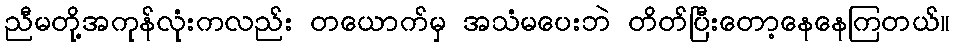
ညီမတို့အကုန်လုံးကလည်း တယောက်မှ အသံမပေးဘဲ တိတ်ပြီးတော့နေနေကြတယ်။